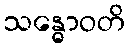
သန္ဓောဝတိ